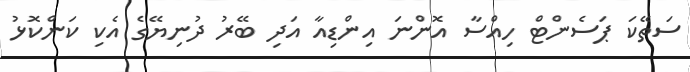
ސަތޭކަ ޕަސެންޓް ހިއްސާ އޮންނަ އިންޑިއާ އަދި ބޭރު ދުނިޔޭގެ އެކި ކަންކޮޅު